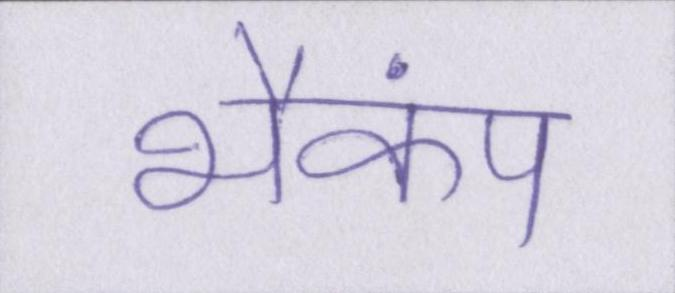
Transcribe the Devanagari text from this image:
भैकंप